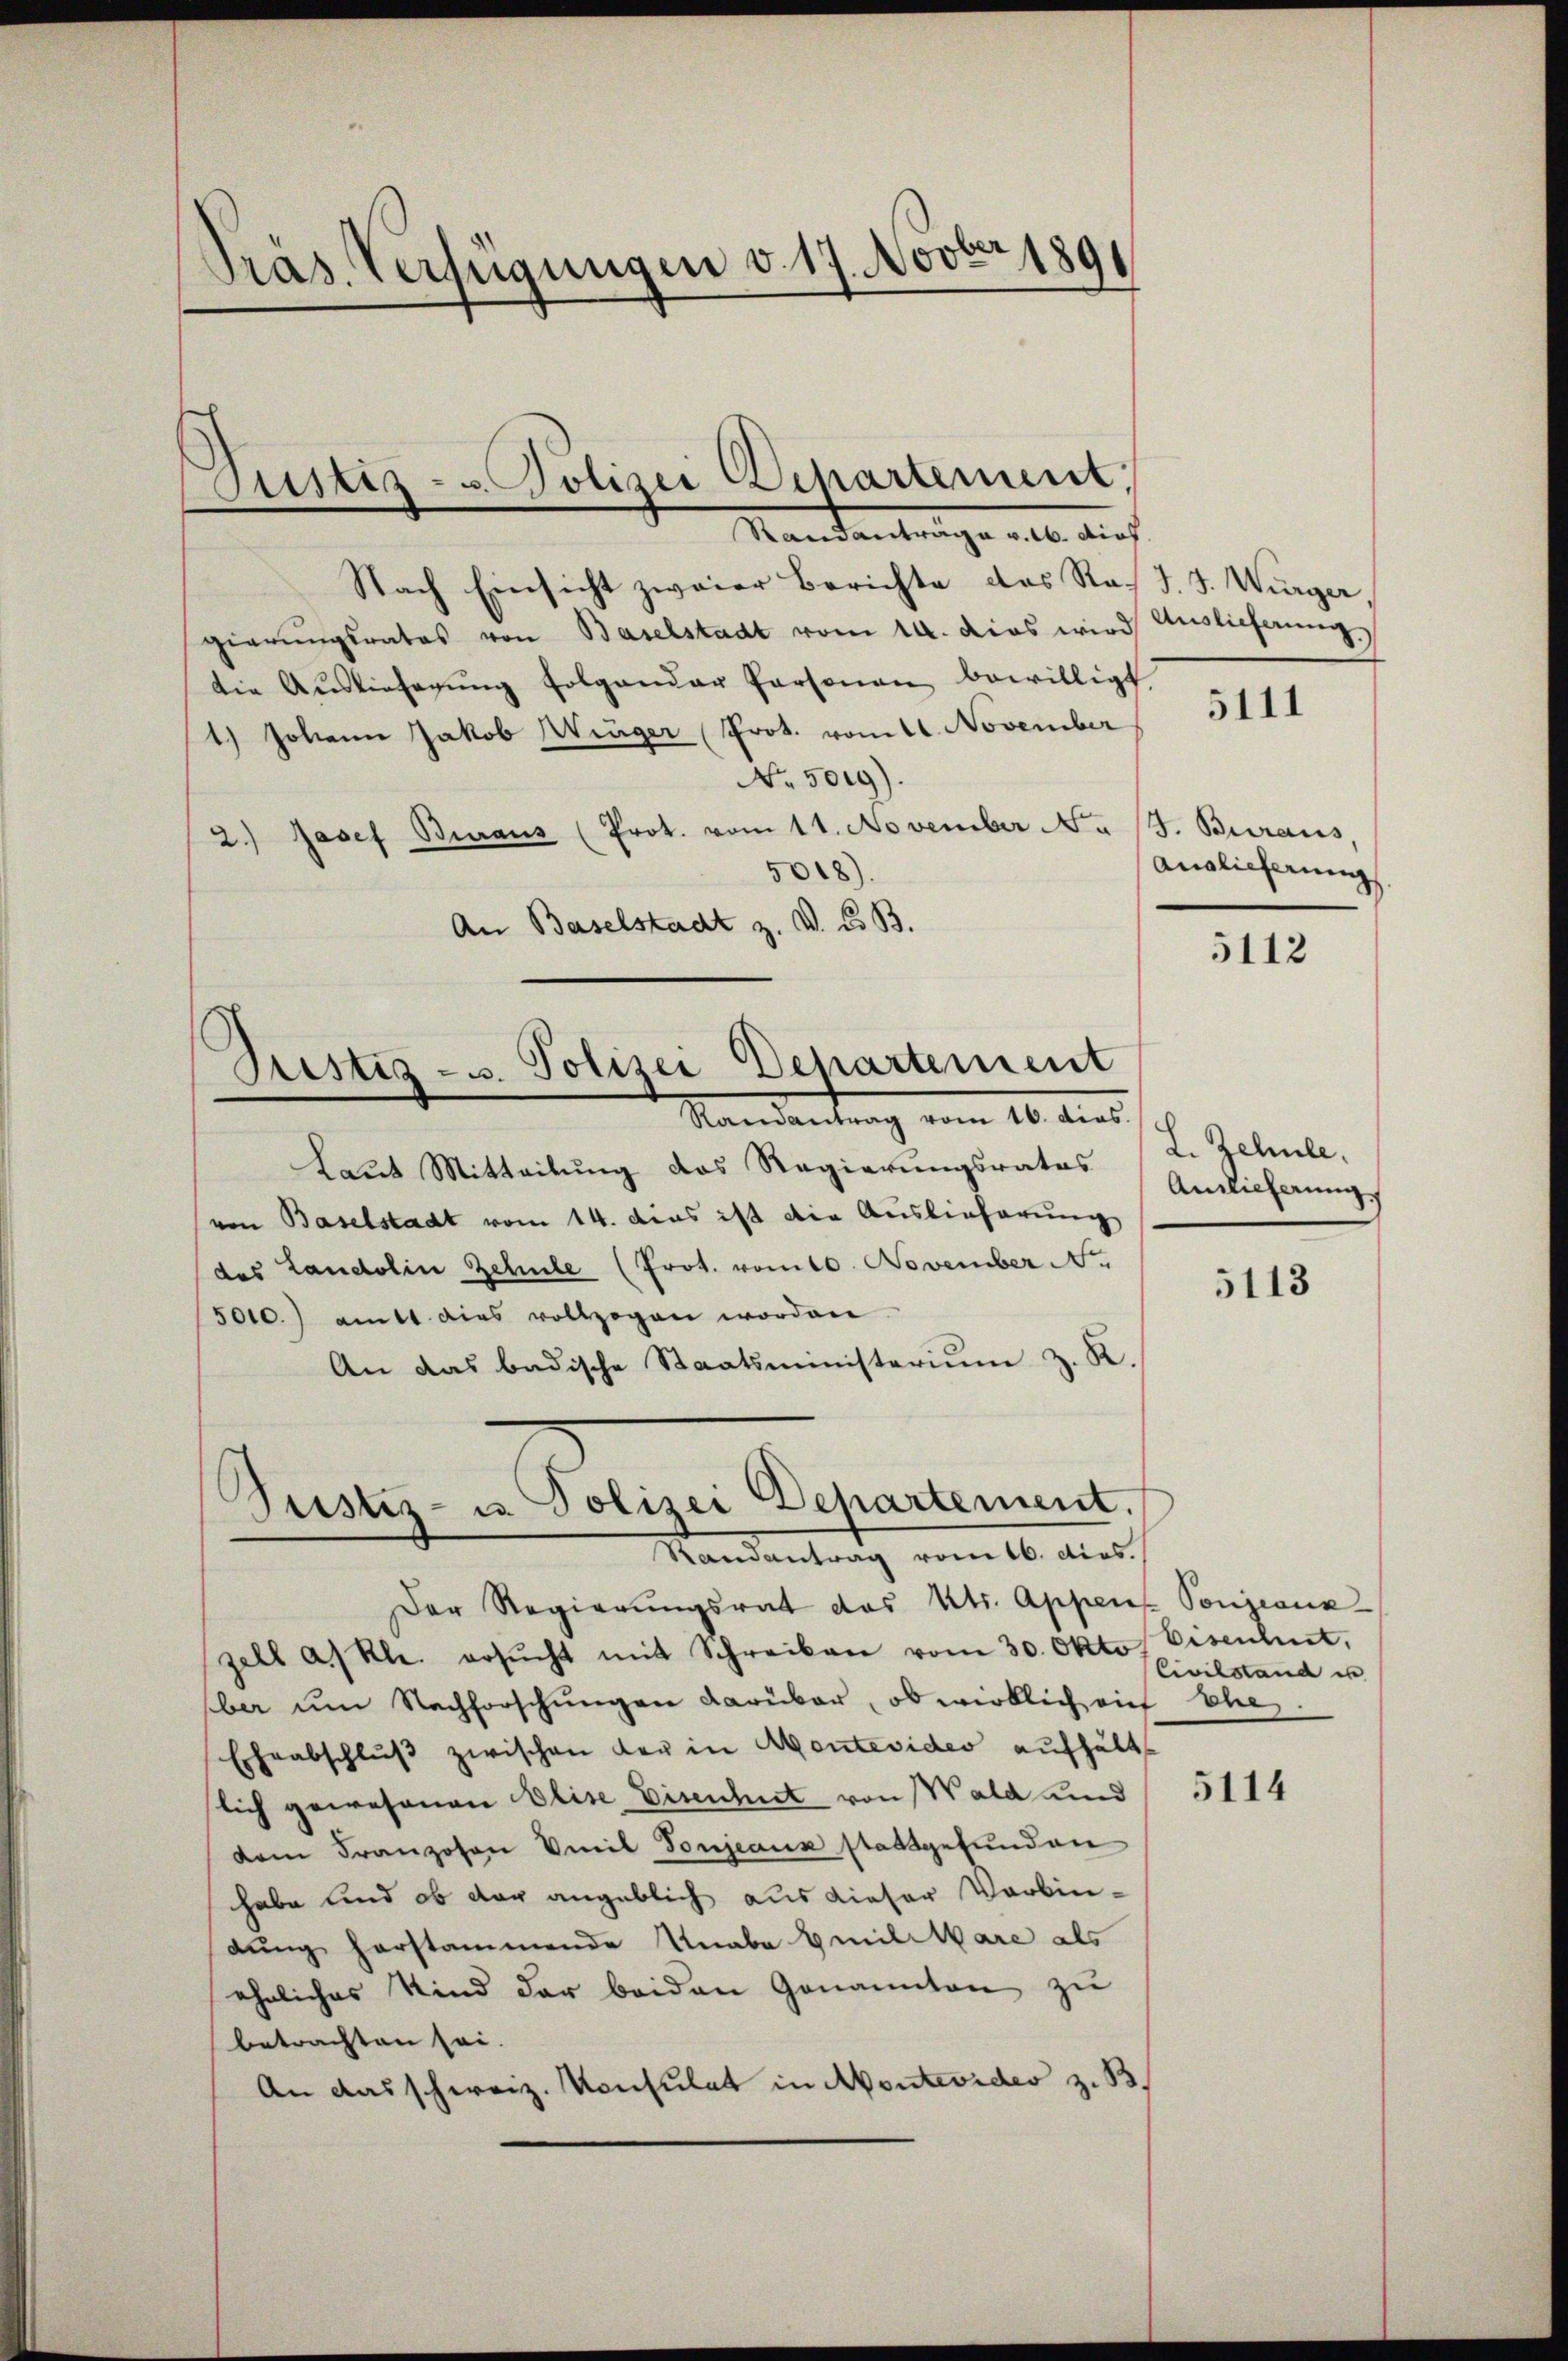
Präs. Verfügungen v. 17. Novbr 1891

Nach Einsicht zweier Berichte das Rath J. J. Würger,
gierungsrates von Baselstadt vom 14. dies wird
die Auslieferŭng folgender Personen bewilligt
1.) Johann Jakob Winger Prot. vom 1. November
No. 5019).
2.) Josef Buraus (Prot. vom 11. November Na
5018).
An Baselstadt z. V. d. B.

Justiz- u. Polizei Departement,
Randanträge v. M. dies

Bestiz- u. Polizei Departement

Randantrag vom 16. dies

Der Regierŭngsrat das Kts. Appens Ponjeaux
zell a/Kl. ersŭcht mit Schreiben vom 30. Okto. Eisenheit,
ber ŭm Nachforschŭngen darüber, ob wirklich auf Ehe
Eheabschlŭβ zwischen der in Montevides aufhält
lich gewesenen Elise Eisenheit von Wald und
dem Franzosen Emil Tonjeaux stattgefunden
habe und ob der angeblich aus dieser Verbin-
dung herstammende Unabe Emilitare als
eheliches Kind der beiden Genannten zu
betrachten sei.
An das schweiz. Konsulat in Montevides z. B.

Vandantung vom 16. dies
Laut Mitteilung des Regierungsrates
(von Baselstadt vom 14. das ist die Auslieferung
des Landolin Zehnte (Prot. vom 10. November N
5010.) amt dies vollzogen worden.
An das badische Staatsministerium z. K.
)
Justiz- u. Polizei Departement.

Auslieferung

5111

J. Buraus
Auslieferung,

5112

L. Schule.
Amlicherung,

5113

Civilstand es

5114